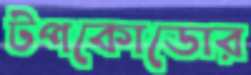
টপকোডোর